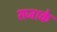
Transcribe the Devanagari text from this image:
सजाके